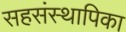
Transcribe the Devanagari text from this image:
सहसंस्थापिका